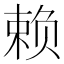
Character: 赖